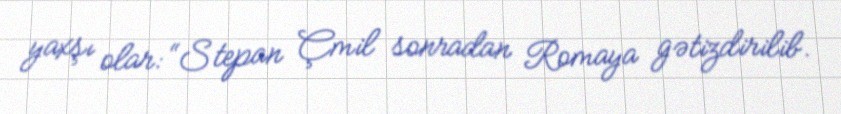
yaxşı olar: “Stepan Çmil sonradan Romaya gətizdirilib.